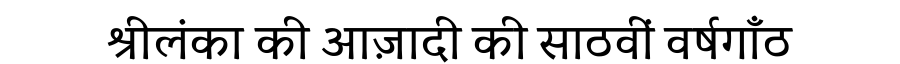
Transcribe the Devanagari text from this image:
श्रीलंका की आज़ादी की साठवीं वर्षगाँठ